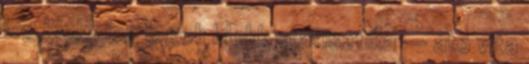
log blokk log jogok blokk statisztika -- ato vita